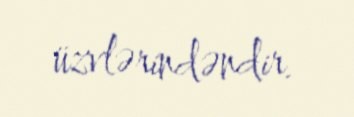
üzvlərindəndir.